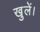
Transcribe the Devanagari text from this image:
खुलें।